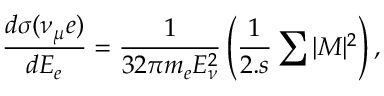
\frac { d \sigma ( \nu _ { \mu } e ) } { d E _ { e } } = \frac { 1 } { 3 2 \pi m _ { e } E _ { \nu } ^ { 2 } } \left( \frac { 1 } { 2 . s } \sum | M | ^ { 2 } \right) ,